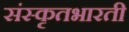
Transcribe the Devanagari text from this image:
संस्कृतभारती